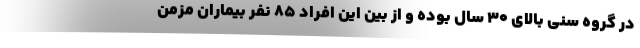
در گروه سنی بالای ۳۰ سال بوده و از بین این افراد ۸۵ نفر بیماران مزمن